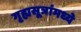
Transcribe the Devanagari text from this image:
गृह्यसूत्रांमध्ये